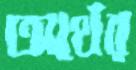
অর্থের